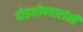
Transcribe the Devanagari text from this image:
षोडशोपचारांनी